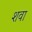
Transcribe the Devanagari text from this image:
शवा